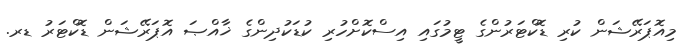
މިއޮޕަރޭޝަން ކުރި ޑޮކްޓަރުންގެ ޓީމުގައި އިސްކޮށްހުރި ކުޑަކުދިންގެ ޚާއްޞަ އޮޕަރޭޝަން ޑޮކްޓަރު ޑރ.